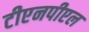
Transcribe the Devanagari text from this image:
टीएनपीएल